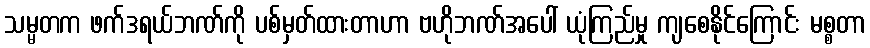
သမ္မတက ဖက်ဒရယ်ဘဏ်ကို ပစ်မှတ်ထားတာဟာ ဗဟိုဘဏ်အပေါ် ယုံကြည်မှု ကျစေနိုင်ကြောင်း မစ္စတာ